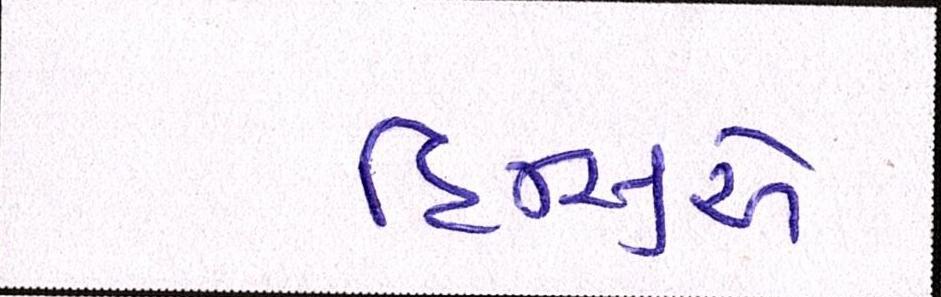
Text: હિન્સુએ